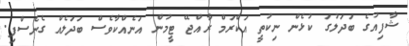
ޝާފިއުގެ ބަދަލުގަ ކުޅެން ނިކުތީ އަކްރަމް ރާއްޖޭ ޓީމުން އަނެއްކާވެސް ބަދަލެއް ގެނެސްފި.